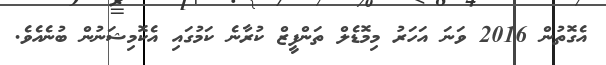
އެގޮތުން 2016 ވަނަ އަހަރު މިމޮޑެލް ތަންފީޒް ކުރާނެ ކަމުގައި އެކޮމިޝަނުން ބުނެއެވެ.